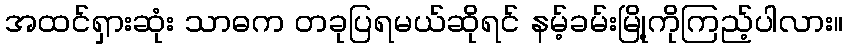
အထင်ရှားဆုံး သာဓက တခုပြရမယ်ဆိုရင် နမ့်ခမ်းမြို့ကိုကြည့်ပါလား။